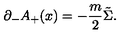
{ \partial } _ { - } A _ { + } ( x ) = - \frac { m } { 2 } \tilde { \Sigma } .